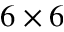
6 \times 6